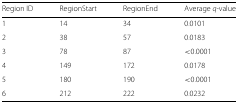
<table><thead><tr><td><b>Region ID</b></td><td><b>RegionStart</b></td><td><b>RegionEnd</b></td><td><b>Average <i>q</i>-value</b></td></tr></thead><tbody><tr><td>1</td><td>14</td><td>34</td><td>0.0101</td></tr><tr><td>2</td><td>38</td><td>57</td><td>0.0183</td></tr><tr><td>3</td><td>78</td><td>87</td><td>&lt;0.0001</td></tr><tr><td>4</td><td>149</td><td>172</td><td>0.0178</td></tr><tr><td>5</td><td>180</td><td>190</td><td>&lt;0.0001</td></tr><tr><td>6</td><td>212</td><td>222</td><td>0.0232</td></tr></tbody></table>